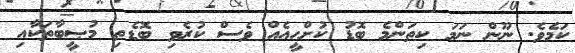
ކަމެވެ. ނޫން ނަމަ ކިތަންމެ ބޮޑު ކުށްހީއެއް ވެސް ކުރެވި ބޮޑެތި މުޞީބާތަކާއި